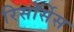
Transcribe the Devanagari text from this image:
रिसॉर्सेस